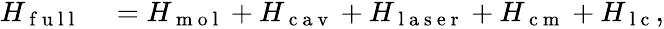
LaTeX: \begin{array}{rl}{H_{\mathrm{~f~u~l~l~}}}&{{}=H_{\mathrm{~m~o~l~}}+H_{\mathrm{~c~a~v~}}+H_{\mathrm{~l~a~s~e~r~}}+H_{\mathrm{~c~m~}}+H_{\mathrm{~l~c~}},}\end{array}